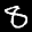
Label: 8